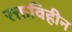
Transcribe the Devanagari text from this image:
रक्तविहीन